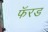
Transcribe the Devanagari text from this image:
फॅरड